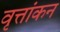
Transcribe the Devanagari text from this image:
वृत्तांकन